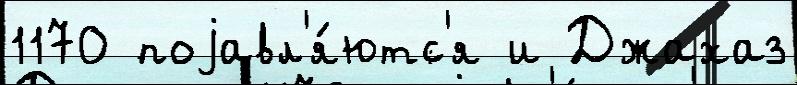
1170 поjавл'я́ютс'я и Джахаз